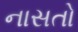
નાસતો